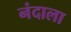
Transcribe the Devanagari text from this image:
नंदाला